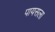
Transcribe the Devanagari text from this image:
पायसला